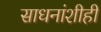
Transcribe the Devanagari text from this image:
साधनांशीही